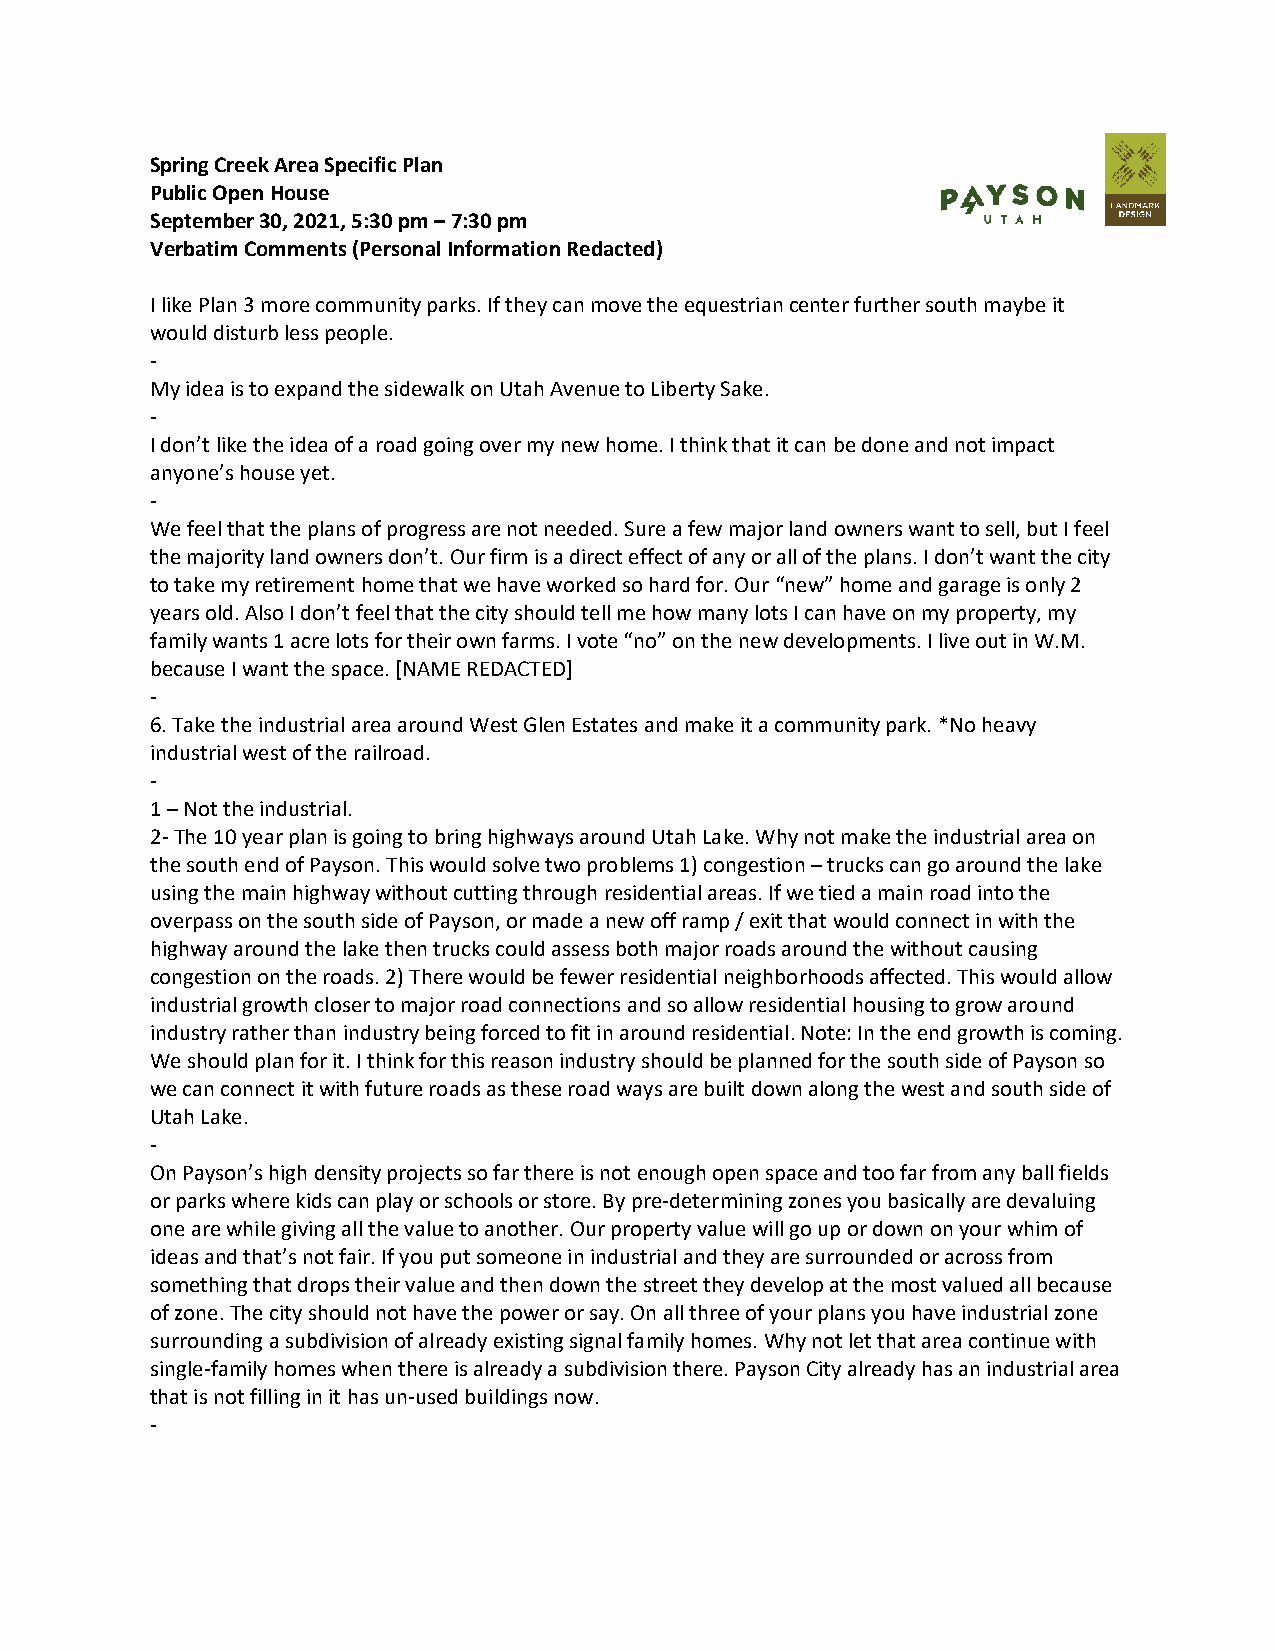
Spring Creek Area Specific Plan
 Public Open House
 September 30, 2021, 5:30 pm – 7:30 pm
 Verbatim Comments (Personal Information Redacted)
 I like Plan 3 more community parks. If they can move the equestrian center further south maybe it
 would disturb less people.
 -
 My idea is to expand the sidewalk on Utah Avenue to Liberty Sake.
 -
 I don’t like the idea of a road going over my new home. I think that it can be done and not impact
 anyone’s house yet.
 -
 We feel that the plans of progress are not needed. Sure a few major land owners want to sell, but I feel
 the majority land owners don’t. Our firm is a direct effect of any or all of the plans. I don’t want the city
 to take my retirement home that we have worked so hard for. Our “new” home and garage is only 2
 years old. Also I don’t feel that the city should tell me how many lots I can have on my property, my
 family wants 1 acre lots for their own farms. I vote “no” on the new developments. I live out in W.M.
 because I want the space. [NAME REDACTED]
 -
 6. Take the industrial area around West Glen Estates and make it a community park. *No heavy
 industrial west of the railroad.
 -
 1 – Not the industrial.
 2- The 10 year plan is going to bring highways around Utah Lake. Why not make the industrial area on
 the south end of Payson. This would solve two problems 1) congestion – trucks can go around the lake
 using the main highway without cutting through residential areas. If we tied a main road into the
 overpass on the south side of Payson, or made a new off ramp / exit that would connect in with the
 highway around the lake then trucks could assess both major roads around the without causing
 congestion on the roads. 2) There would be fewer residential neighborhoods affected. This would allow
 industrial growth closer to major road connections and so allow residential housing to grow around
 industry rather than industry being forced to fit in around residential. Note: In the end growth is coming.
 We should plan for it. I think for this reason industry should be planned for the south side of Payson so
 we can connect it with future roads as these road ways are built down along the west and south side of
 Utah Lake.
 -
 On Payson’s high density projects so far there is not enough open space and too far from any ball fields
 or parks where kids can play or schools or store. By pre-determining zones you basically are devaluing
 one are while giving all the value to another. Our property value will go up or down on your whim of
 ideas and that’s not fair. If you put someone in industrial and they are surrounded or across from
 something that drops their value and then down the street they develop at the most valued all because
 of zone. The city should not have the power or say. On all three of your plans you have industrial zone
 surrounding a subdivision of already existing signal family homes. Why not let that area continue with
 single-family homes when there is already a subdivision there. Payson City already has an industrial area
 that is not filling in it has un-used buildings now.
 -